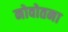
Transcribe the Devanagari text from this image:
नोवोतना